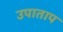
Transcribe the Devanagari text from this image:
उपाताप